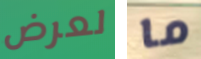
لعرض ما